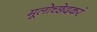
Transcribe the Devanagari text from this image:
मूलोच्छेदकरं